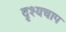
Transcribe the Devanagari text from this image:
दृश्यचाप